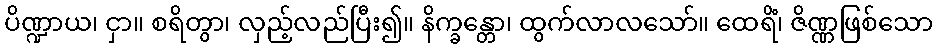
ပိဏ္ဍာယ၊ ငှာ။ စရိတွာ၊ လှည့်လည်ပြီး၍။ နိက္ခန္တော၊ ထွက်လာလသော်။ ထေရိံ၊ ဇိဏ္ဏဖြစ်သော